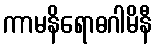
ကာမနိရောဓဂါမိနီ